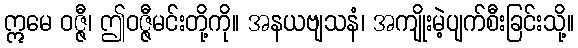
ဣမေ ဝဇ္ဇီ၊ ဤဝဇ္ဇီမင်းတို့ကို။ အနယဗျသနံ၊ အကျိုးမဲ့ပျက်စီးခြင်းသို့။